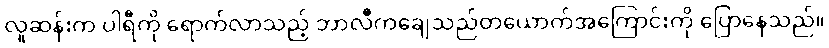
လူဆန်းက ပါရီကို ရောက်လာသည့် ဘာလီကချေသည်တယောက်အကြောင်းကို ပြောနေသည်။